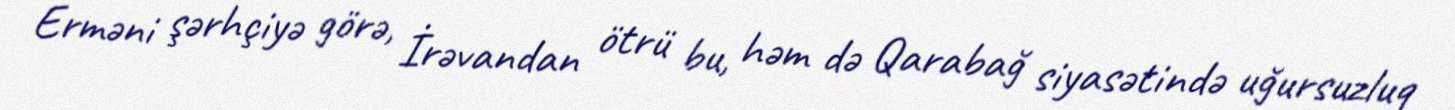
Erməni şərhçiyə görə, İrəvandan ötrü bu, həm də Qarabağ siyasətində uğursuzluq